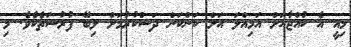
މިއީ އެ ކުއްޖާއަށް އަމިއްލަ އަށް ކަންކަން ދަސްކުރުމަށް ލިބޭ ފުރުސަތެކެވެ. މި